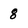
Character: 8